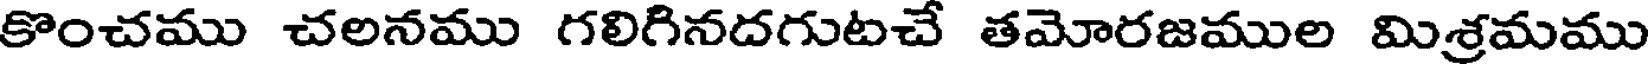
కొంచము చలనము గలిగినదగుటచే తమోరజముల మిశ్రమము